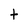
Character: t